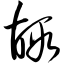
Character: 嘏